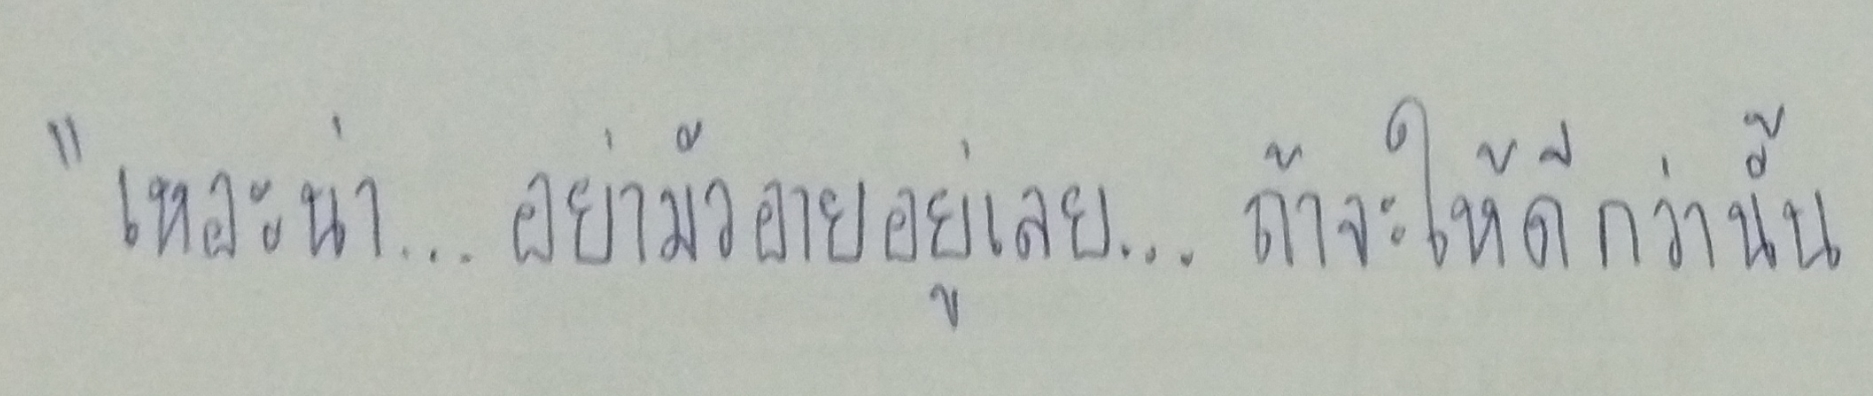
"เหอะน่า...อย่ามัวอายอยู่เลย...ถ้าจะให้ดีกว่านั้น